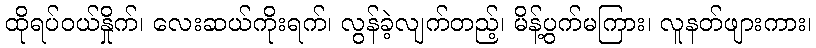
ထိုရပ်ဝယ်နှိုက်၊ လေးဆယ်ကိုးရက်၊ လွန်ခဲ့လျက်တည့်၊ မိန့်ပွက်မကြား၊ လူနတ်ဖျားကား၊